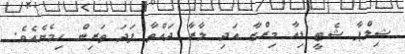
ޝިލްޕާ ޝެޓީ ޑިއާ މިރްޒާ އަދި ލާރާ ދައްތާ ފަދަ ތަރިން ހިމެނެއެވެ.